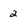
Character: 2